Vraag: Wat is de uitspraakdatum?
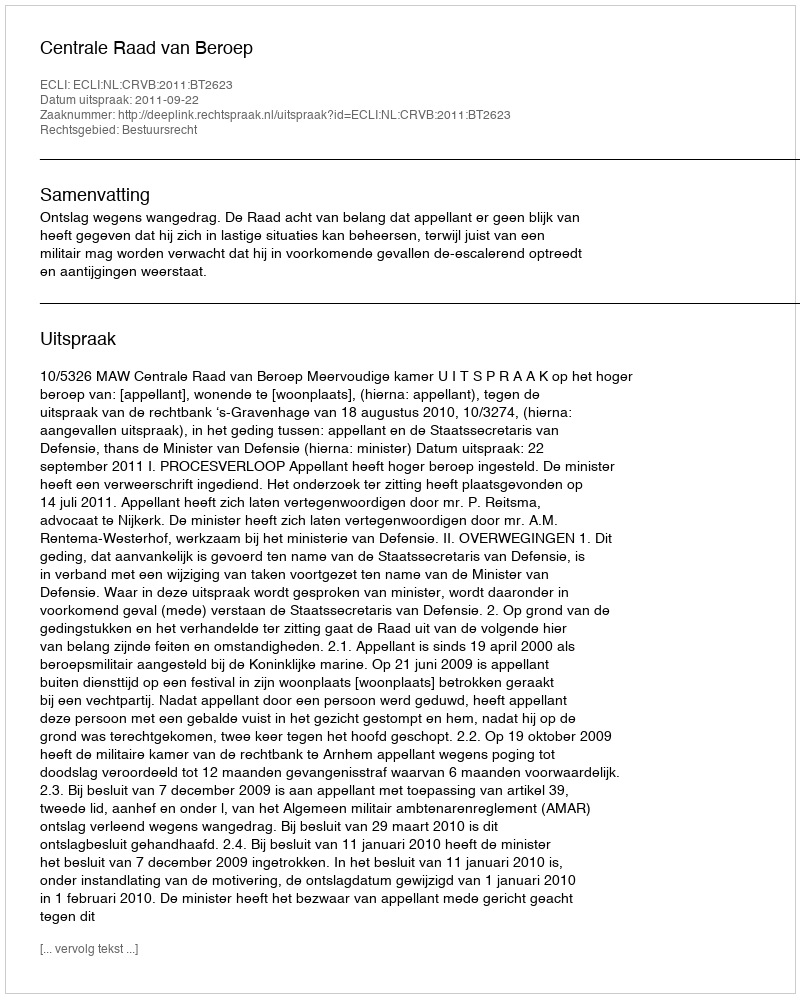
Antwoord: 2011-09-22